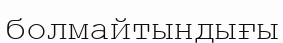
болмайтындығы